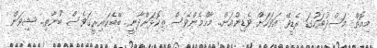
މިއޮތް މަސްދުވަހުގަ ރެޑީވޭ އަވަހަށް ވެޑިންއަށް.. މާހްމެންވެސް ތިކޮޅަށްދާނީ.. ބޭބެކައިރީގަވެސް ބުނާތި.. ޝިވަން